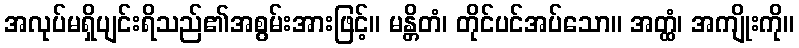
အလုပ်မရှိပျင်းရိသည်၏အစွမ်းအားဖြင့်။ မန္တိတံ၊ တိုင်ပင်အပ်သော။ အတ္ထံ၊ အကျိုးကို။